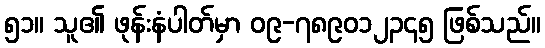
၅၁။ သူ၏ ဖုန်းနံပါတ်မှာ ၀၉-၇၈၉၀၁၂၃၄၅ ဖြစ်သည်။